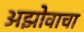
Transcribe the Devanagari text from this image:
अझोवाचा